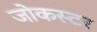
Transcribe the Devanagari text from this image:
जोकस्टर